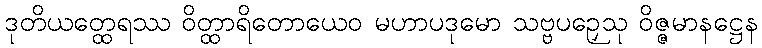
ဒုတိယတ္ထေရဿ ဝိတ္ထာရိတောယေဝ မဟာပဒုမော သဗ္ဗပဉှေသု ဝိဇ္ဇမာနဋ္ဌေန